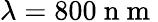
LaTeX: \lambda=800\mathrm{~n~m~}